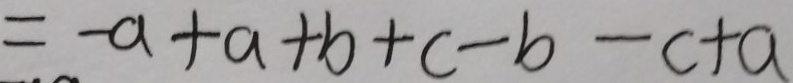
= - a + a + b + c - b - c + a